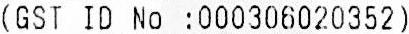
(GST ID NO :000306020352)